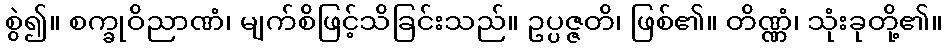
စွဲ၍။ စက္ခုဝိညာဏံ၊ မျက်စိဖြင့်သိခြင်းသည်။ ဥပ္ပဇ္ဇတိ၊ ဖြစ်၏။ တိဏ္ဏံ၊ သုံးခုတို့၏။